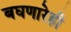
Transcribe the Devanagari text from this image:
बघणारेही